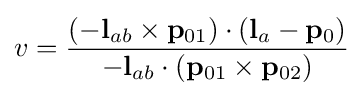
v={\frac {{(-\mathbf {l} _{ab}\times \mathbf {p} _{01})}\cdot (\mathbf {l} _{a}-\mathbf {p} _{0})}{-\mathbf {l} _{ab}\cdot (\mathbf {p} _{01}\times \mathbf {p} _{02})}}